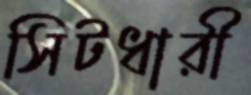
সিটধারী